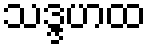
သဒ္ဒဟထ